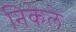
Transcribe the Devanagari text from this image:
निकेले